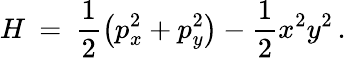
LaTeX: H\: =\: \frac{1}{2}\left(p_{x}^{2}+p_{y}^{2}\right)-\frac{1}{2}x^{2}y^{2}\, .